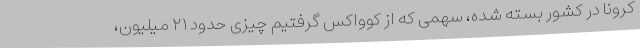
کرونا در کشور بسته شده، سهمی که از کوواکس گرفتیم چیزی حدود ۲۱ میلیون،